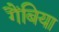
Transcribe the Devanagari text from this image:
गैंबिया